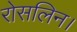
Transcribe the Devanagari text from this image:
रोसलिन।